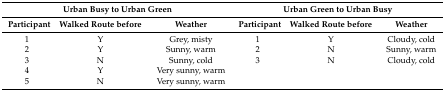
<table><thead><tr><td colspan="3"><b>Urban Busy to Urban Green</b></td><td colspan="3"><b>Urban Green to Urban Busy</b></td></tr><tr><td><b>Participant</b></td><td><b>Walked Route before</b></td><td><b>Weather</b></td><td><b>Participant</b></td><td><b>Walked Route before</b></td><td><b>Weather</b></td></tr></thead><tbody><tr><td>1</td><td>Y</td><td>Grey, misty</td><td>1</td><td>Y</td><td>Cloudy, cold</td></tr><tr><td>2</td><td>Y</td><td>Sunny, warm</td><td>2</td><td>N</td><td>Sunny, warm</td></tr><tr><td>3</td><td>N</td><td>Sunny, cold</td><td>3</td><td>N</td><td>Cloudy, cold</td></tr><tr><td>4</td><td>Y</td><td>Very sunny, warm</td><td></td><td></td><td></td></tr><tr><td>5</td><td>N</td><td>Very sunny, warm</td><td></td><td></td><td></td></tr></tbody></table>